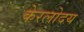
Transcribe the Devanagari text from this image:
केरलोदय